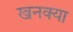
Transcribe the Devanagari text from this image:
खनक्या